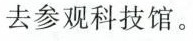
去参观科技馆。